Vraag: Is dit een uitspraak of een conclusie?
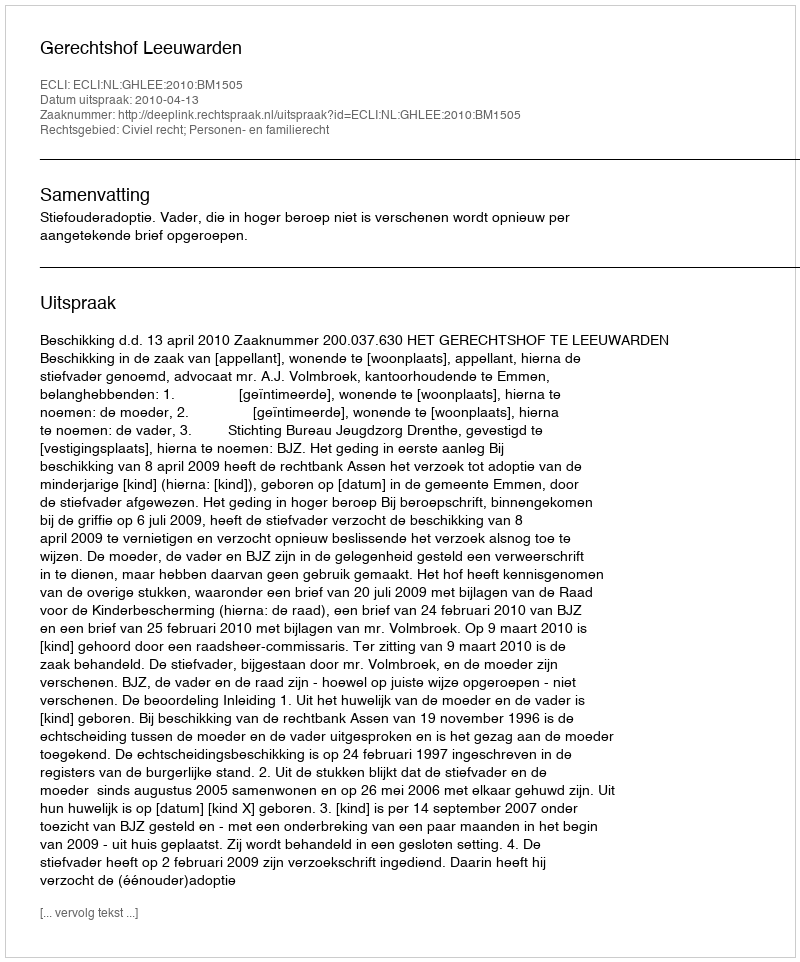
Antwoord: Uitspraak